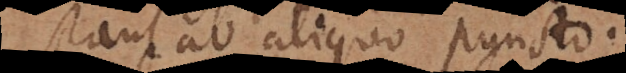
stant ab aliquo puncto.